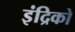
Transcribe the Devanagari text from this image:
इंद्रिको